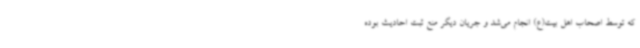
که توسط اصحاب اهل بیت(ع) انجام می‌شد و جریان دیگر منع ثبت احادیث بوده